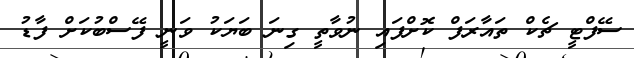
ސޭފްޓީ ޗެކް ތައާރަފް ކޮށްފައި ނުވާތީ ގިނަ ބަޔަކު ވަނީ ފޭސްބުކަށް ފާޑު